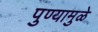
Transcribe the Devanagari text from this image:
पुण्यामुळे